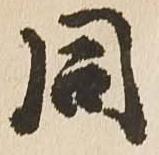
同